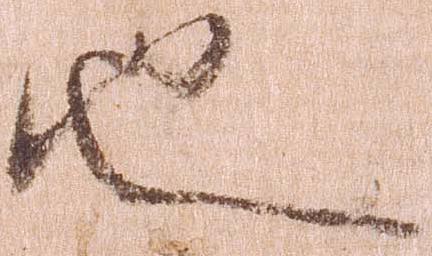
也